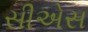
સીએસ